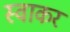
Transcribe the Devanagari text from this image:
स्वाकर